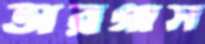
ভারগাস